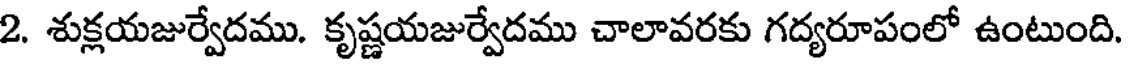
2. శుక్లయజుర్వేదము. కృష్ణయజుర్వేదము చాలావరకు గద్యరూపంలో ఉంటుంది